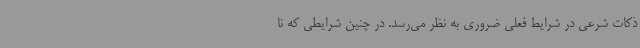
ذکات شرعی در شرایط فعلی ضروری به نظر می‌رسد. در چنین شرایطی که نا